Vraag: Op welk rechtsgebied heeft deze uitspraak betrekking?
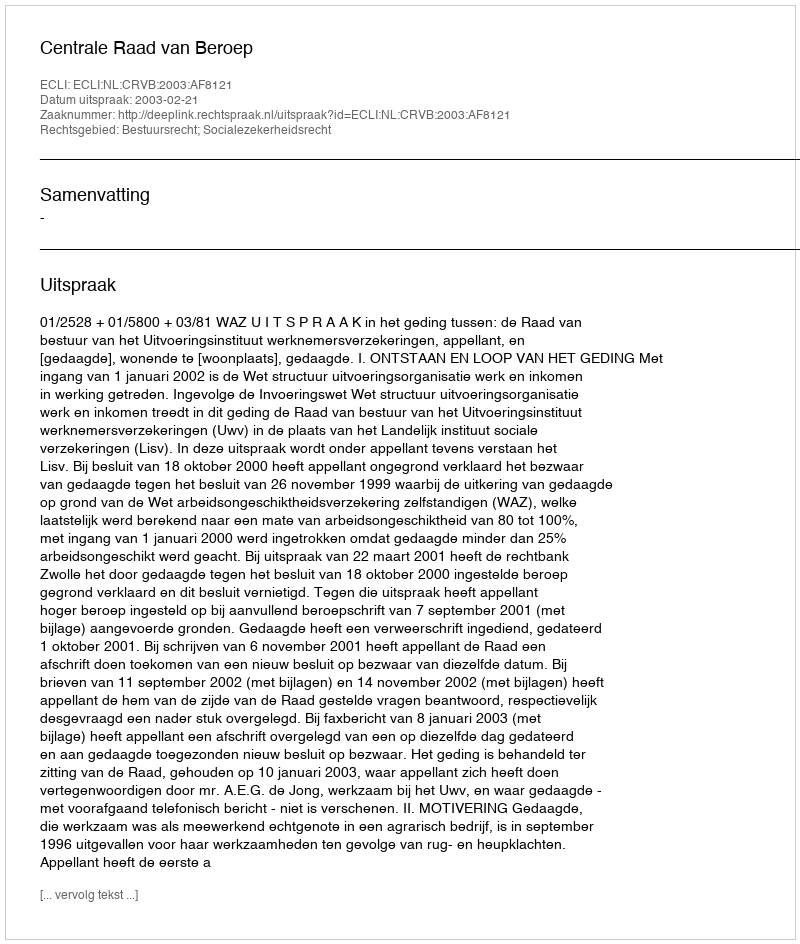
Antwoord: Bestuursrecht; Socialezekerheidsrecht